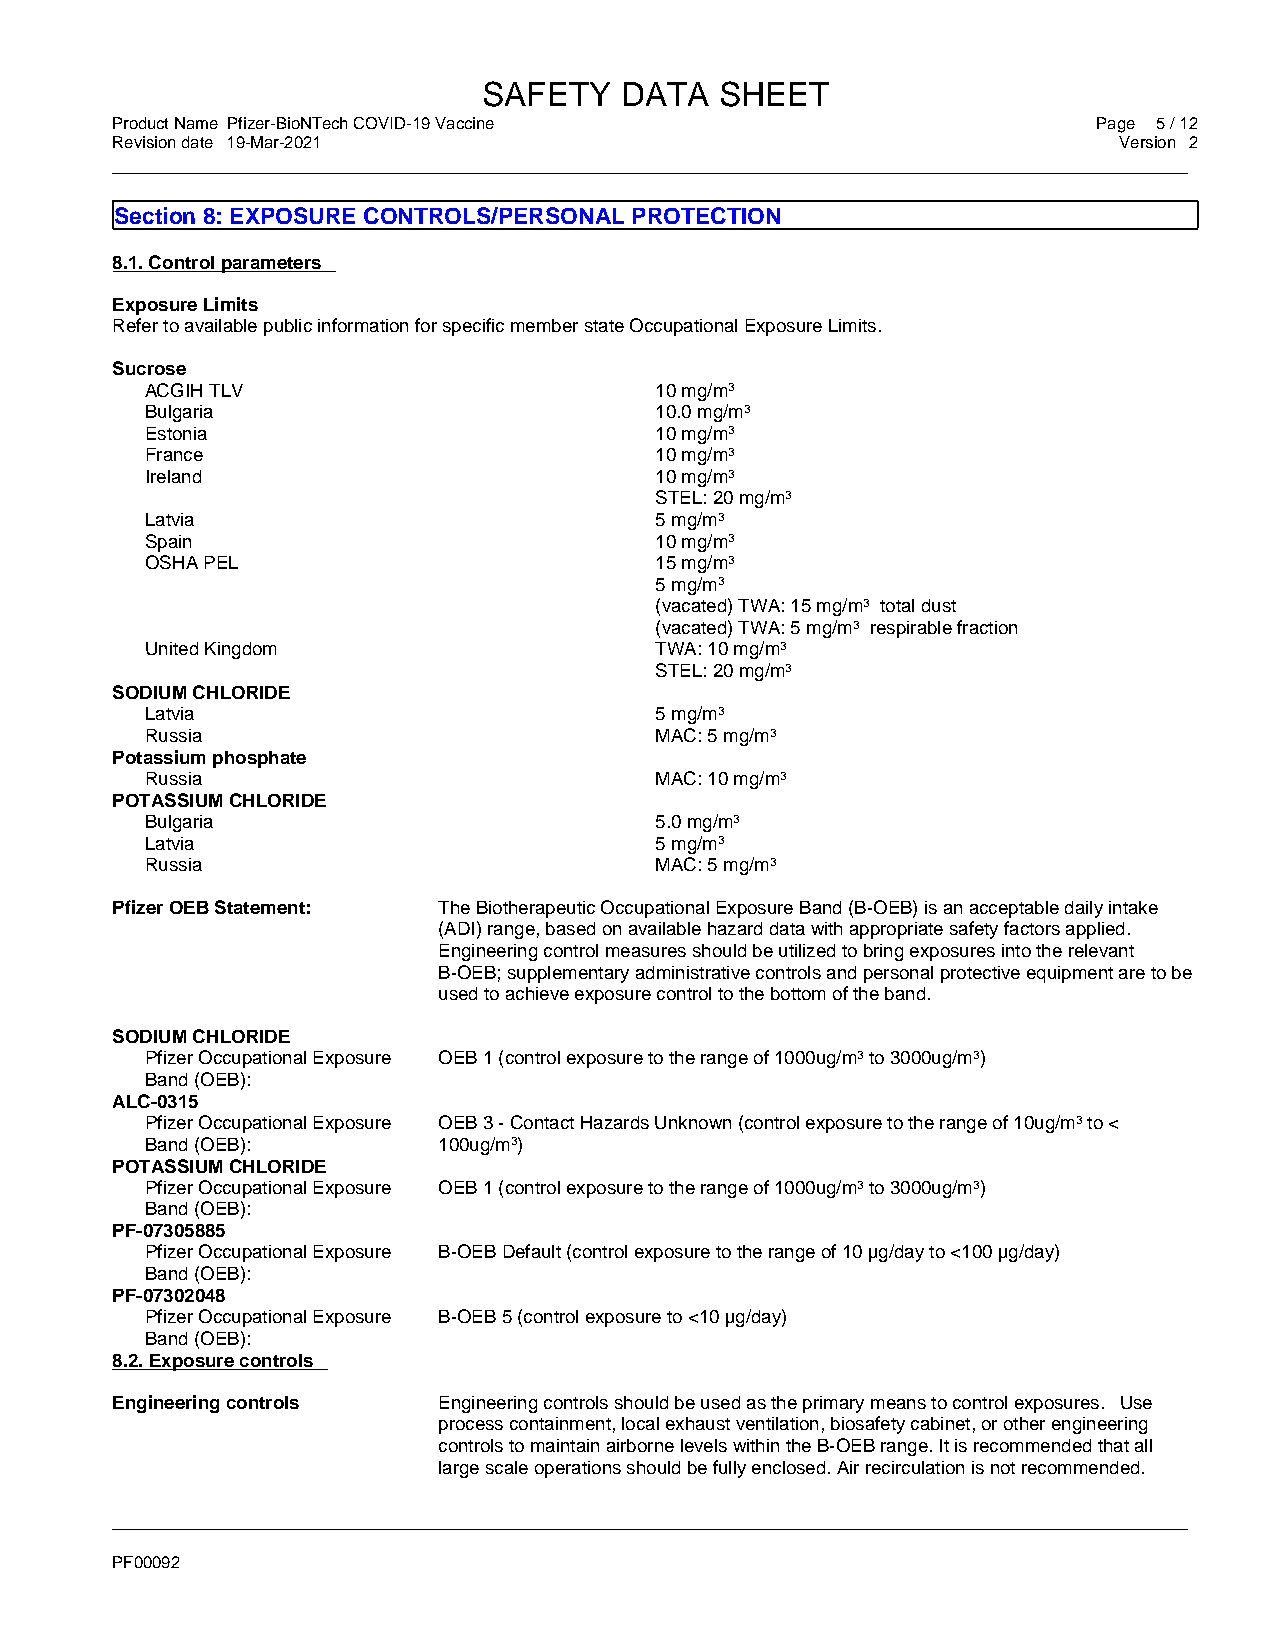
SAFETY   DATA   SHEET
 Product Name Pfizer-BioNTech COVID-19 Vaccine                     Page 5 / 12
 Revision date 19-Mar-2021                                          Version 2
 _____________________________________________________________________________________________
 Section 8: EXPOSURE CONTROLS/PERSONAL PROTECTION
 8.1. Control parameters
 Exposure Limits
 Refer to available public information for specific member state Occupational Exposure Limits.
 Sucrose
 ACGIH TLV                        10 mg/m3
 Bulgaria                         10.0 mg/m3
 Estonia                          10 mg/m3
 France                           10 mg/m3
 Ireland                          10 mg/m3
 STEL: 20 mg/m3
 Latvia                           5 mg/m3
 Spain                            10 mg/m3
 OSHA PEL                         15 mg/m3
 5 mg/m3
 (vacated) TWA: 15 mg/m3 total dust
 (vacated) TWA: 5 mg/m3 respirable fraction
 United Kingdom                   TWA: 10 mg/m3
 STEL: 20 mg/m3
 SODIUM CHLORIDE
 Latvia                           5 mg/m3
 Russia                           MAC: 5 mg/m3
 Potassium phosphate
 Russia                           MAC: 10 mg/m3
 POTASSIUM CHLORIDE
 Bulgaria                         5.0 mg/m3
 Latvia                           5 mg/m3
 Russia                           MAC: 5 mg/m3
 Pfizer OEB Statement: The Biotherapeutic Occupational Exposure Band (B-OEB) is an acceptable daily intake
 (ADI) range, based on available hazard data with appropriate safety factors applied.
 Engineering control measures should be utilized to bring exposures into the relevant
 B-OEB; supplementary administrative controls and personal protective equipment are to be
 used to achieve exposure control to the bottom of the band.
 SODIUM CHLORIDE
 Pfizer Occupational Exposure OEB 1 (control exposure to the range of 1000ug/m3 to 3000ug/m3)
 Band (OEB):
 ALC-0315
 Pfizer Occupational Exposure OEB 3 - Contact Hazards Unknown (control exposure to the range of 10ug/m3 to <
 Band (OEB):        100ug/m3)
 POTASSIUM CHLORIDE
 Pfizer Occupational Exposure OEB 1 (control exposure to the range of 1000ug/m3 to 3000ug/m3)
 Band (OEB):
 PF-07305885
 Pfizer Occupational Exposure B-OEB Default (control exposure to the range of 10 µg/day to <100 µg/day)
 Band (OEB):
 PF-07302048
 Pfizer Occupational Exposure B-OEB 5 (control exposure to <10 µg/day)
 Band (OEB):
 8.2. Exposure controls
 Engineering controls  Engineering controls should be used as the primary means to control exposures. Use
 process containment, local exhaust ventilation, biosafety cabinet, or other engineering
 controls to maintain airborne levels within the B-OEB range. It is recommended that all
 large scale operations should be fully enclosed. Air recirculation is not recommended.
 _____________________________________________________________________________________________
 PF00092